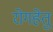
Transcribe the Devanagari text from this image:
रोगहेतु